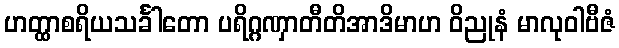
ဟတ္ထာစရိယသင်္ခါတော ပရိဂ္ဂဏှာတီတိအာဒိမာဟ ဝိညုနံ မာလုဝါဗီဇံ